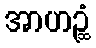
အာဟဉ္ဆံ